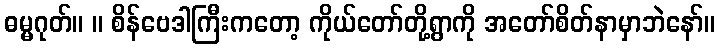
ဓမ္မဂုတ်။ ။ စိန်ဗေဒါကြီးကတော့ ကိုယ်တော်တို့ရွာကို အတော်စိတ်နာမှာဘဲနော်။